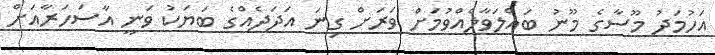
އަހުމަދު މޫސާގެ މޫނު ބައްލަވާލެއްވުމަށް ވަރަށް ގިނަ އަދަދެއްގެ ބަޔަކު ވަނީ އާސަހަރާއަށް